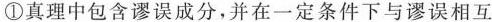
①真理中包含谬误成分，并在一定条件下与谬误相互